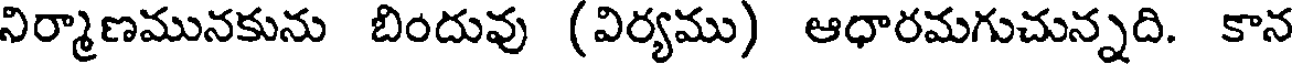
నిర్మాణమునకును బిందువు (విర్యము) ఆధారమగుచున్నది. కాన